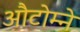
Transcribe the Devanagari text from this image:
औटोम्ने